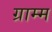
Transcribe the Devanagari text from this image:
ग्राम्म